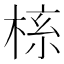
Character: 𬃎